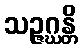
သဉ္ဇဂ္ဃန္တိ